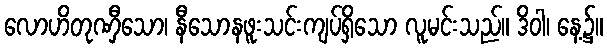
လောဟိတုဏှီသော၊ နီသောနဖူးသင်းကျပ်ရှိသော လူမင်းသည်။ ဒိဝါ၊ နေ့၌။